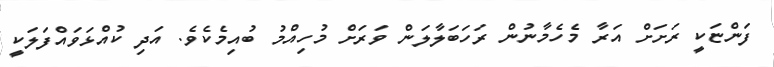
ފަންޏަކީ ރަށަށް އަރާ މެހެމާނުން ރަހަބަލާލަން ވަރަށް މުހިއްމު ބުއިމެކެވެ. އަދި ކުއްޅަވައްފަލަކީ